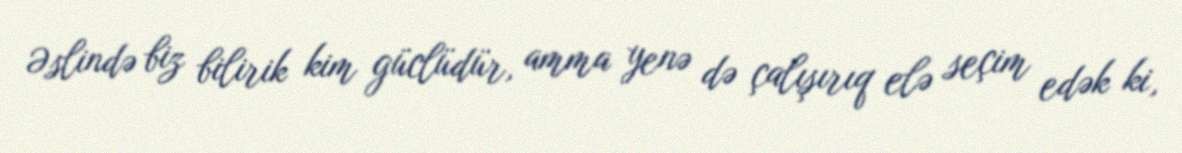
Əslində biz bilirik kim güclüdür, amma yenə də çalışırıq elə seçim edək ki,